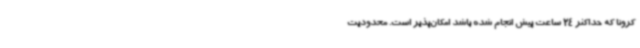
کرونا که حداکثر 24 ساعت پیش انجام شده باشد امکان‌پذیر است. محدودیت